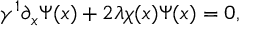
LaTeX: \gamma ^ { 1 } \partial _ { x } \Psi ( x ) + 2 \lambda \chi ( x ) \Psi ( x ) = 0 ,